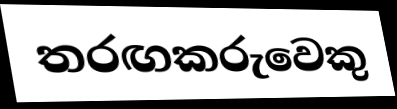
තරඟකරුවෙකු